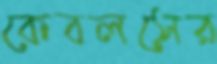
কেবলসের